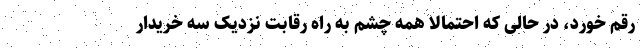
رقم خورد، در حالی که احتمالا همه چشم به راه رقابت نزدیک سه خریدار